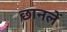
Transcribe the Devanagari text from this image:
छानलें